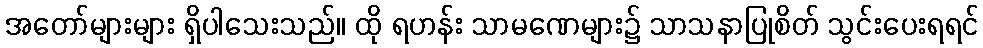
အတော်များများ ရှိပါသေးသည်။ ထို ရဟန်း သာမဏေများ၌ သာသနာပြုစိတ် သွင်းပေးရရင်